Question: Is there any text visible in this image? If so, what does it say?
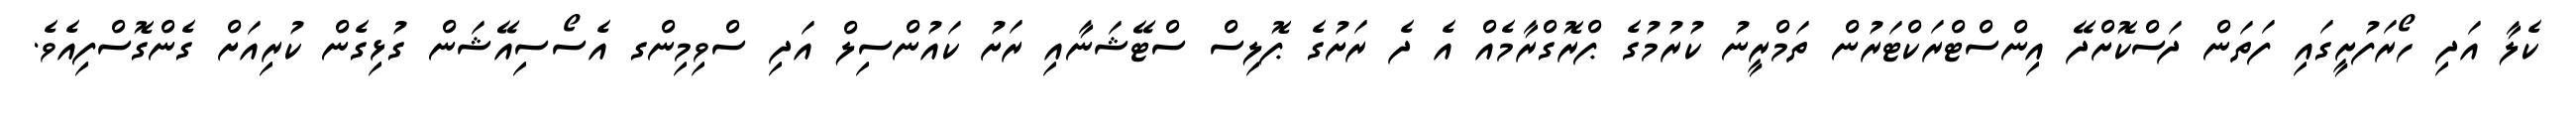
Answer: ކެލާ އަދި ހޯރަފުށީގައި ފަތަން ދަސްކޮށްދޭ އިންސްޓްރަކްޓަރުން ތަމްރީނު ކުރުމުގެ ޕްރޮގްރާމެއް އެ ދެ ރަށުގެ ޕޮލިސް ސްޓޭޝަނާއި ރަށު ކައުންސިލް އަދި ސްވިމިންގ އެސޯސިއޭޝަން ގުޅިގެން ކުރިއަށް ގެންގޮސްފިއެވެ.